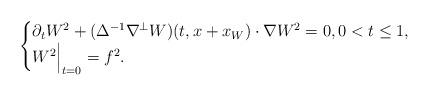
LaTeX: \begin{align*}\begin{cases}\partial_t W^2 + (\Delta^{-1} \nabla^{\perp} W)(t,x+x_W) \cdot \nabla W^2 =0, 0<t\le 1,\\W^2 \Bigr|_{t=0}=f^2.\end{cases}\end{align*}